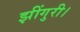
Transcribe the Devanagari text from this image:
झींगुरी।